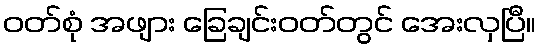
ဝတ်စုံ အဖျား ခြေချင်းဝတ်တွင် အေးလှပြီ။